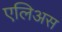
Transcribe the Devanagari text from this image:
एलिअस